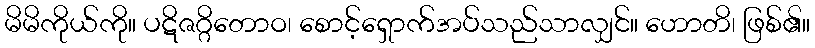
မိမိကိုယ်ကို။ ပဋိဇဂ္ဂိတောဝ၊ စောင့်ရှောက်အပ်သည်သာလျှင်။ ဟောတိ၊ ဖြစ်၏။